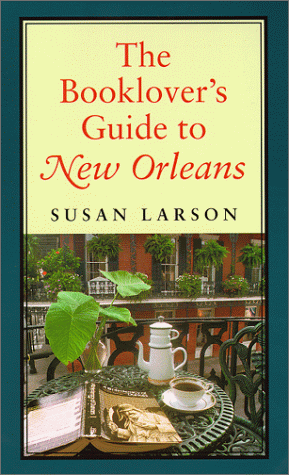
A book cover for The Booklover's Guide to New Orleans; Susan Larson; Travel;